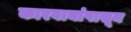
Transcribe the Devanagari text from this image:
कारवायांपासून